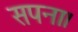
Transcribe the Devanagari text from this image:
सपना।